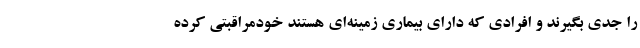
را جدی بگیرند و افرادی که دارای بیماری زمینه‌ای هستند خودمراقبتی کرده